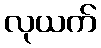
လုယက်